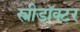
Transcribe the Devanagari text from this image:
स्त्रीडॉक्टर